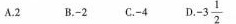
A.2B.-2C.-4 D. $$-3 \frac{1}{2}$$